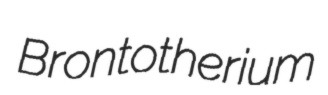
Brontotherium